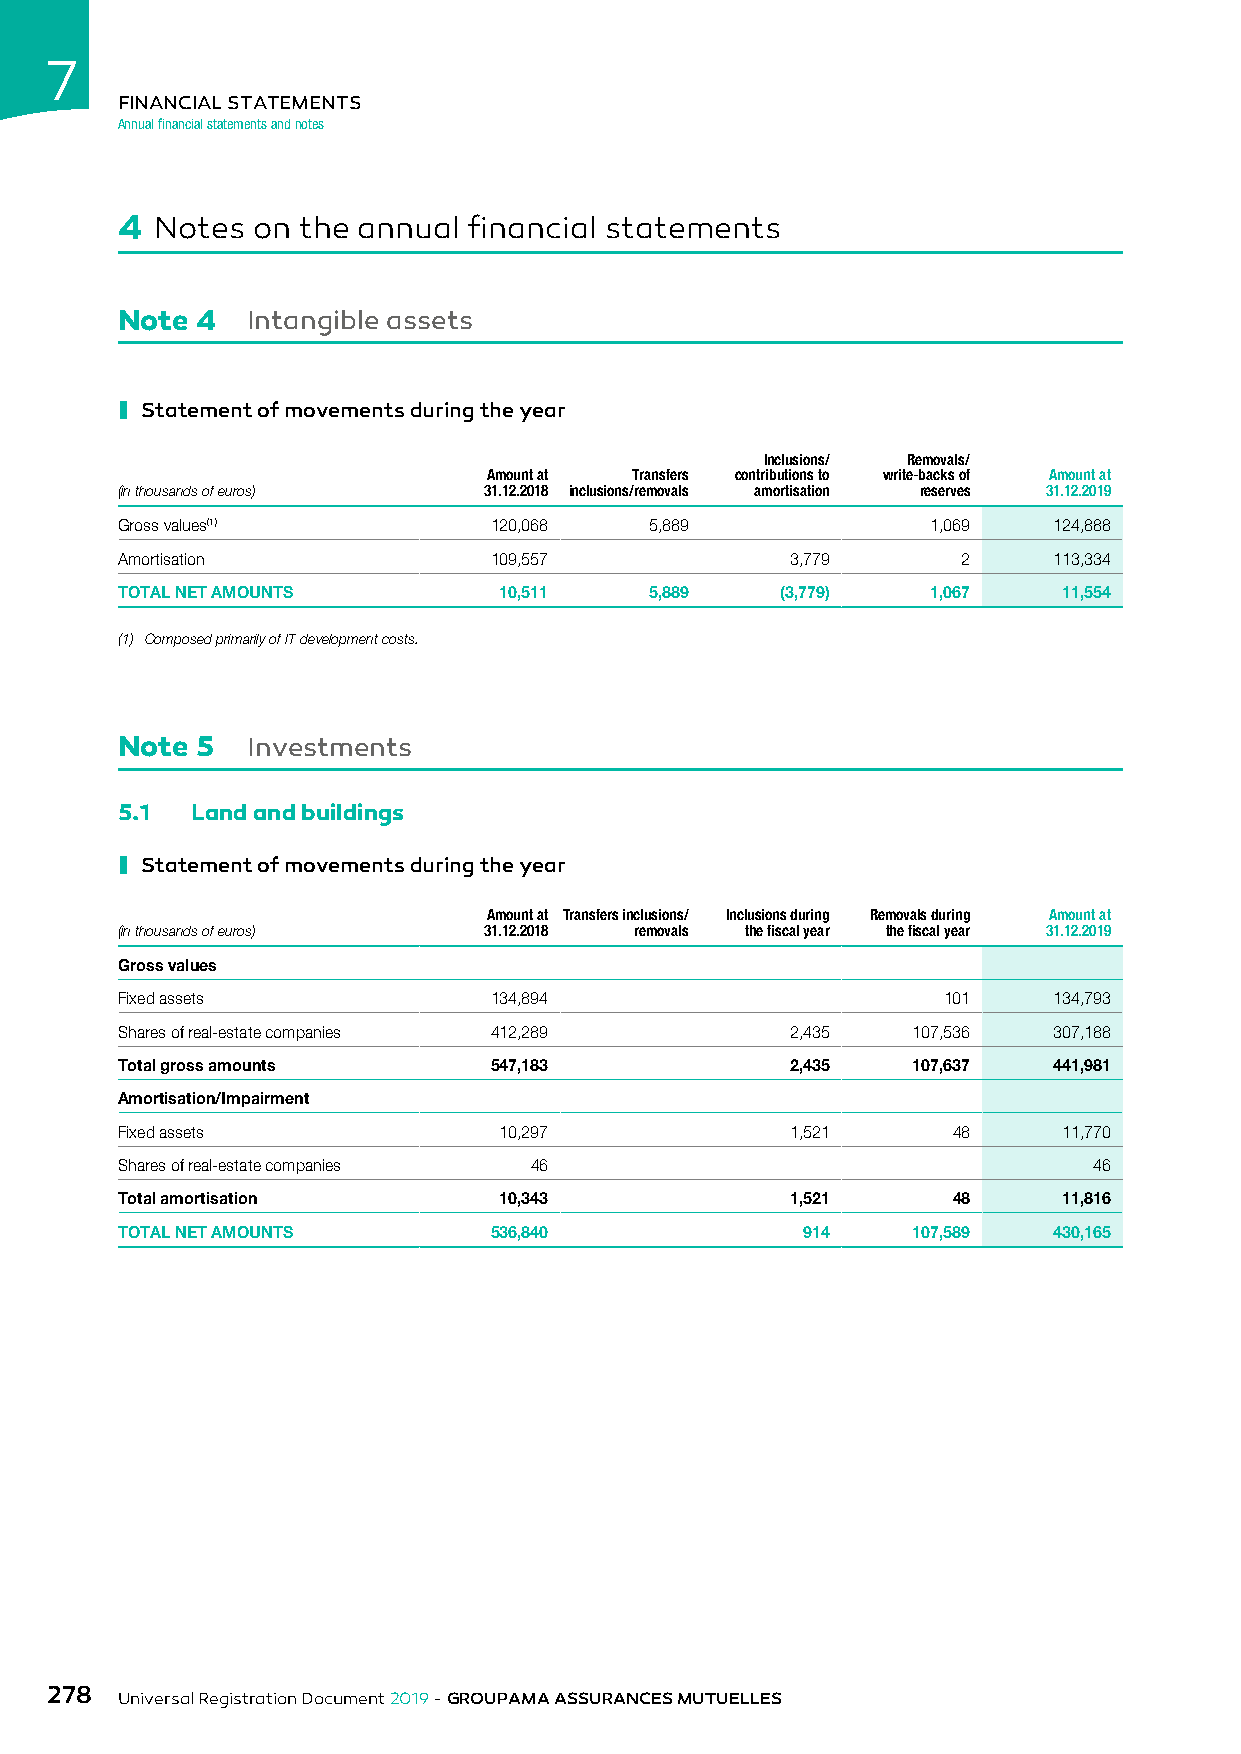
7
 FINANCIAL STATEMENTS
 Annual financial statements and notes
 4 Notes  on the annual financial statements
 Note 4  Intangible assets
 ı
 Statement of movements during the year
 Inclusions/ Removals/
 Amount at Transfers contributions to write-backs of Amount at
 (in thousands of euros) 31.12.2018 inclusions/removals amortisation reserves 31.12.2019
 Gross values(1)         120,068    5,889              1,069   124,888
 Amortisation            109,557             3,779       2     113,334
 TOTAL NET AMOUNTS        10,511    5,889    (3,779)   1,067   11,554
 (1) Composed primarily of IT development costs.
 Note 5  Investments
 5.1  Land and buildings
 ı
 Statement of movements during the year
 Amount at Transfers inclusions/ Inclusions during Removals during Amount at
 (in thousands of euros) 31.12.2018 removals the fiscal year the fiscal year 31.12.2019
 Gross values
 Fixed assets            134,894                       101     134,793
 Shares of real-estate companies 412,289     2,435   107,536   307,188
 Total gross amounts     547,183             2,435   107,637   441,981
 Amortisation/Impairment
 Fixed assets             10,297             1,521      48     11,770
 Shares of real-estate companies 46                              46
 Total amortisation       10,343             1,521      48     11,816
 TOTAL NET AMOUNTS       536,840              914    107,589   430,165
 278
 Universal Registration Document 2019 - GROUPAMA ASSURANCES MUTUELLES